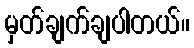
မှတ်ချက်ချပါတယ်။